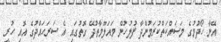
އޭނާ ހޯދުމުގެ މަސައްކަތްކުރަމުންދާ ފުލުހުން މައަލޫމާތުދޭ ގޮތުގައި އެ ސަރަހައްދުގެ އޮއި ހުރީ